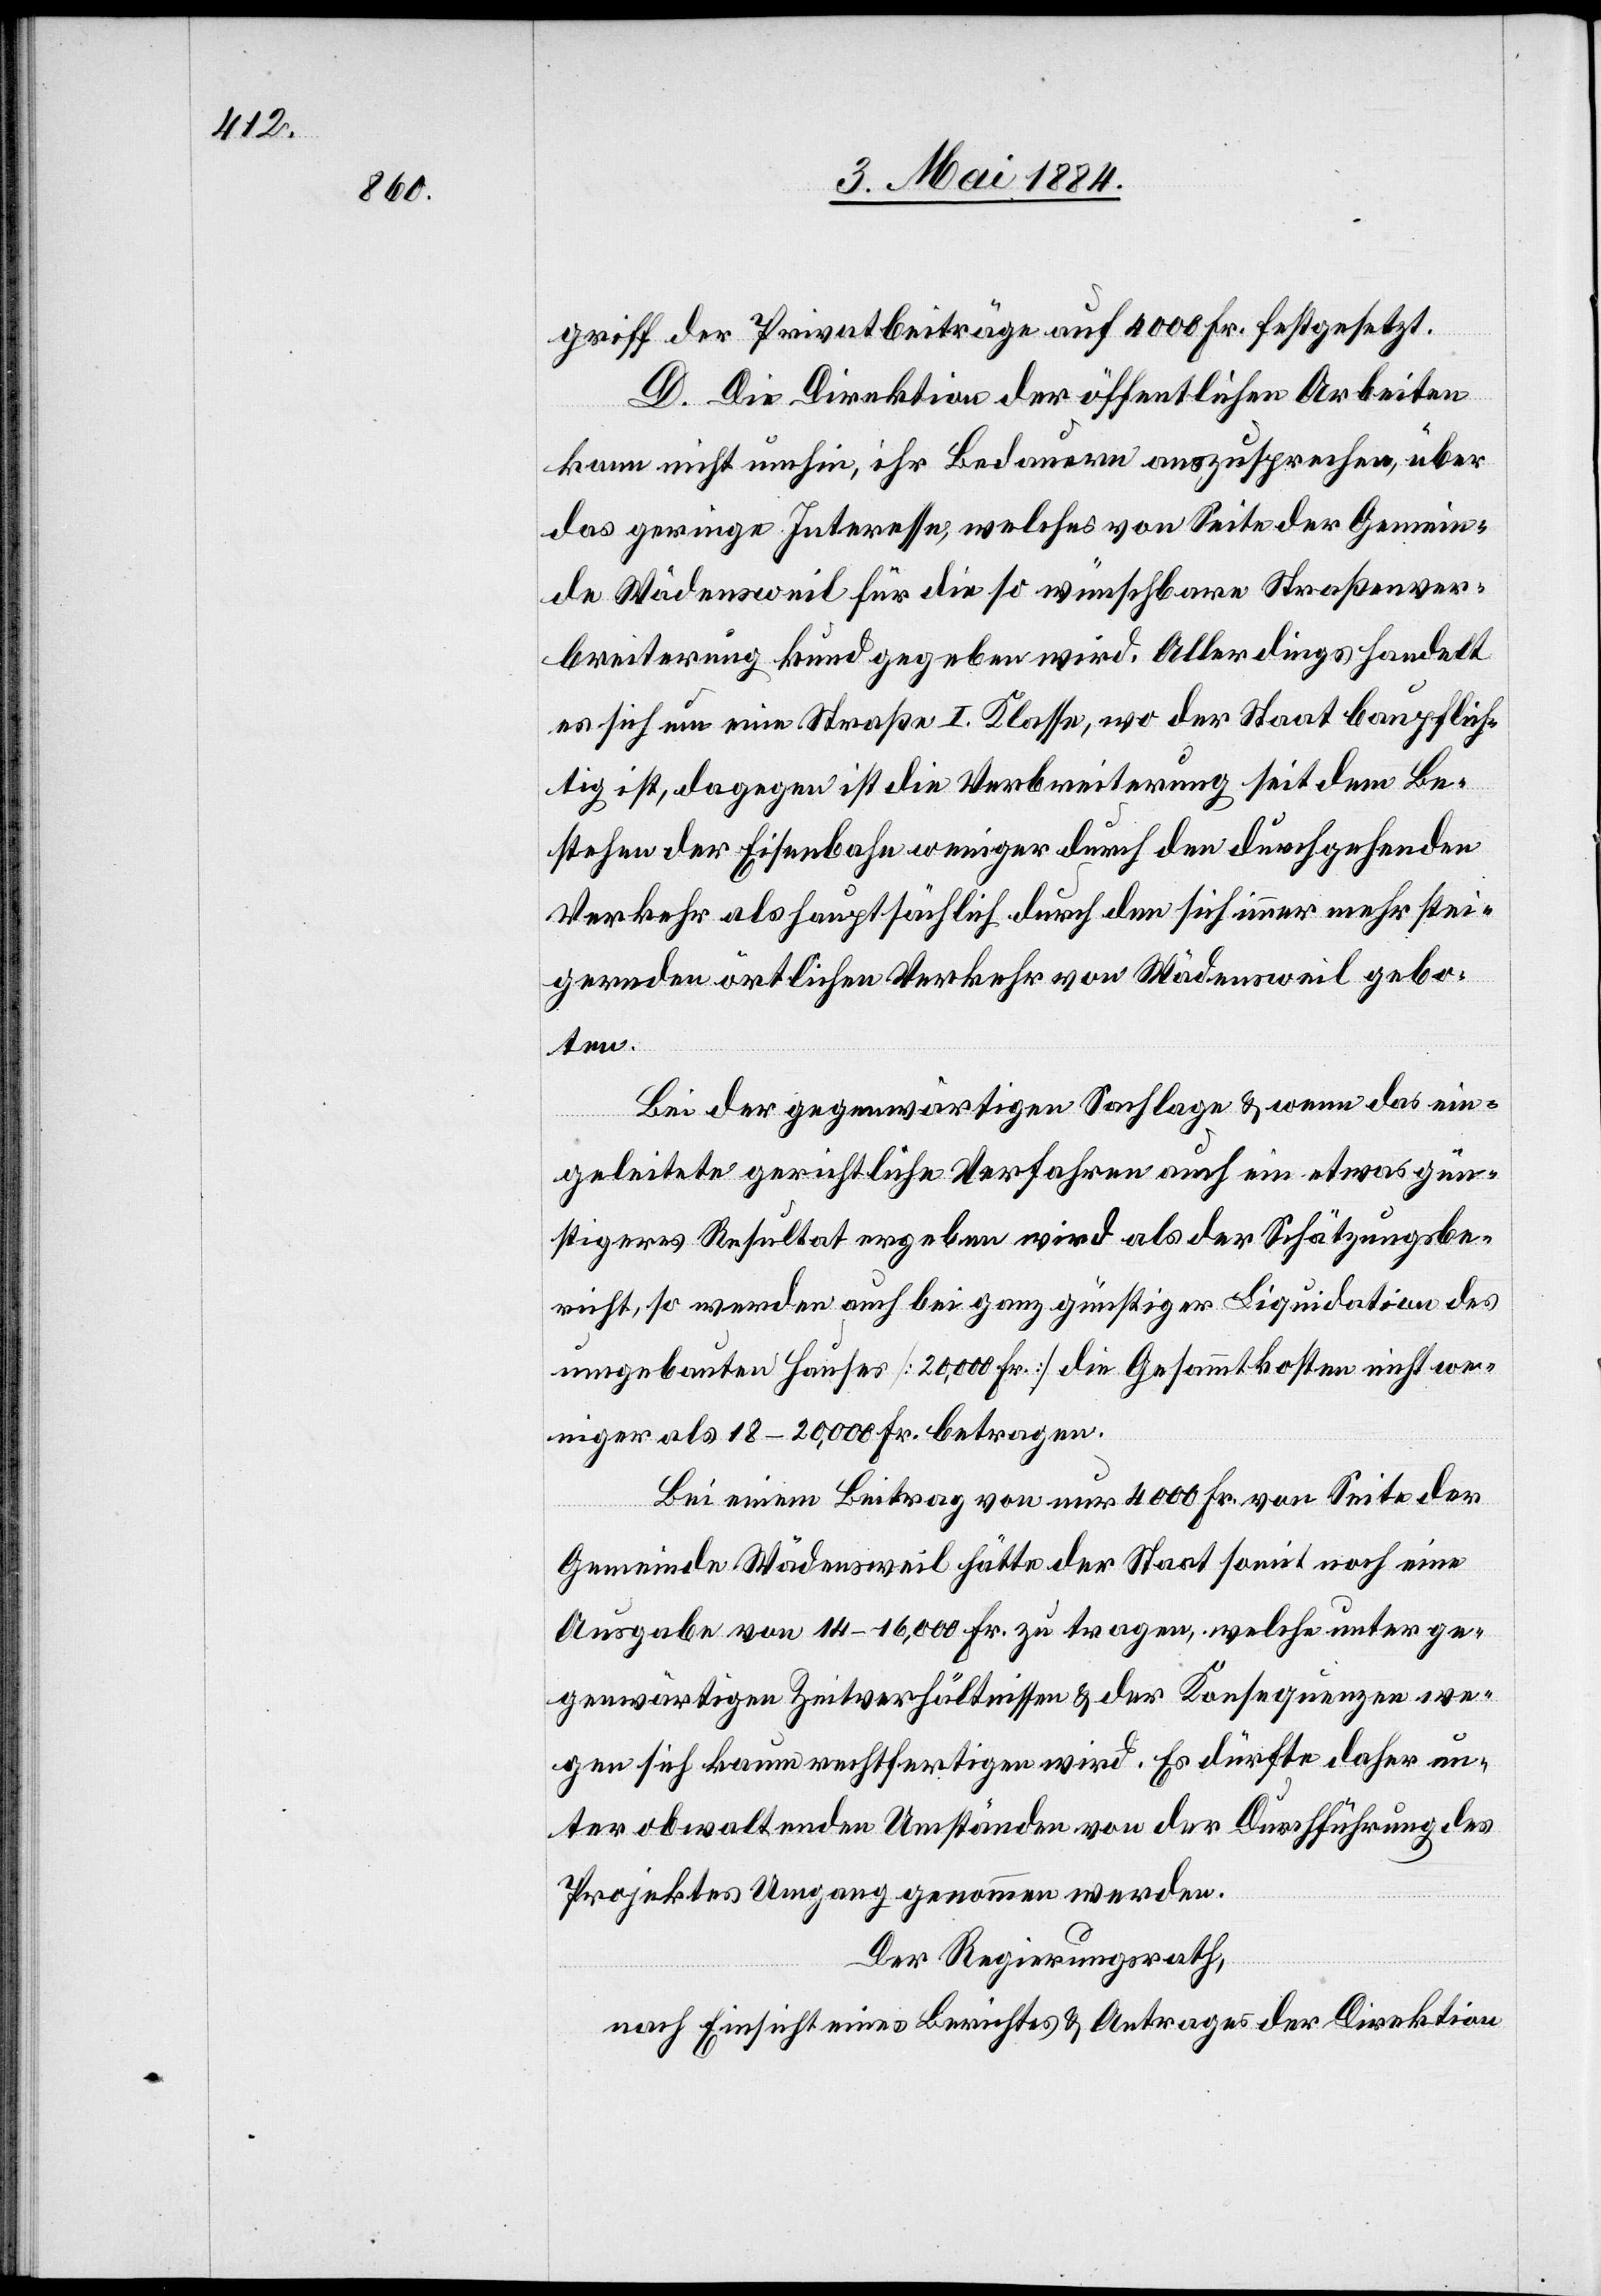
griff der Privatbeiträge auf 4000 Fr. festgesetzt.
D. Die Direktion der öffentlichen Arbeiten
kam nicht umhin, ihr Bedauern auszusprechen, über
das Geringe Interesse, welches von Seite der Gemein¬
de Wädensweil für die so wünschbare Straßenver¬
breiterung kund gegeben wird. Allerdings handelt
es sich um eine Straße I. Klasse, wo der Staat baupflich¬
tig ist, dagegen ist die Verbreiterung sei dem Be¬
stehen der Eisenbahn weniger durch den durchgehenden
Verkehr als hauptsächlich durch den sich immer mehr stei¬
gernden örtlichen Verkehr von Wädensweil gebo¬
ten.
Bei der gegenwärtigen Sachlage & wenn das ein¬
geleitete gerichtliche Verfahren auch ein etwas gün¬
stigeres Resultat ergeben wird als der Schätzungsbe¬
richt, so werden auch bei ganz günstiger Liquidation des
umgebauten Hauses [20,000 Fr.] die Gesammtkosten nicht we¬
niger als 18–20,000 Fr. betragen.
Bei einem Beitrag von nur 4000 Fr. von Seite der
Gemeinde Wädensweil hätte der Staat somit noch eine
Ausgabe von 14–16,000 Fr. zu tragen, welche unter ge¬
genwärtigen Zeitverhältnissen & der Konsequenzen we¬
gen sich kaum rechtfertigen wird. Es dürfte daher un¬
ter obwaltenden Umständen von der Durchführung des
Projektes Umgang genommen werden.
Der Regierungsrath,
nach Einsicht eines Berichtes & Antrages der Direktion